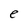
Character: e